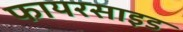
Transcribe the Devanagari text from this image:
फायरसाइड